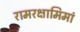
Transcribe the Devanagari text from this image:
रामरक्षामिमां